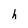
Character: h